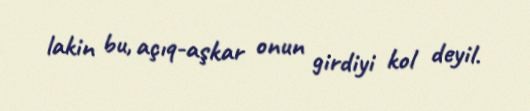
lakin bu, açıq-aşkar onun girdiyi kol deyil.